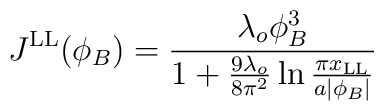
J^{{\rm LL}}(\phi_B)={ {\lambda_o\phi^3_B}\over{1+{{9\lambda_o}\over{8\pi^2}}\ln{ { \pi x_{{\rm LL}} }\over{a|\phi_B|}} }}